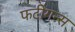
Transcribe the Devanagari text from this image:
फटीगन्स